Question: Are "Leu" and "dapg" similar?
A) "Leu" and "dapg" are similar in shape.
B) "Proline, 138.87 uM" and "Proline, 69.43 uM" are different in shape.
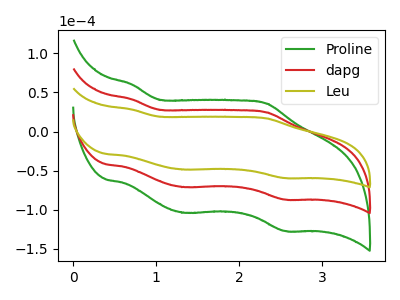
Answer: <think>The green curve "Proline" has anodic peaks at (0.70V, 82.45uA) (2.35V, 48.90uA) and cathodic peaks at (1.35V, -142.25uA) (2.55V, -174.10uA). The red curve "dapg" has anodic peaks at (0.70V, 41.20uA) (2.35V, 24.45uA) and cathodic peaks at (1.35V, -71.15uA) (2.55V, -87.05uA). The olive curve "Leu" has anodic peaks at (0.70V, 28.20uA) (2.35V, 16.75uA) and cathodic peaks at (1.35V, -48.65uA) (2.55V, -59.55uA).
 All the peaks in "Leu" have a peak in "dapg" at the same potential. Every peak in "Leu" is lower than every peak in "dapg".</think>
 <answer>A) "Leu" and "dapg" are similar in shape.</answer>
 <eval>A</eval>